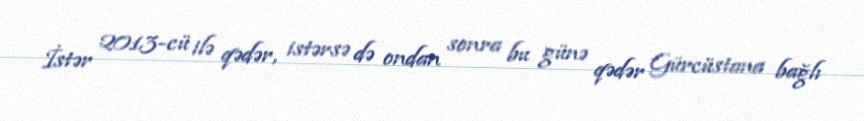
İstər 2013-cü ilə qədər, istərsə də ondan sonra bu günə qədər Gürcüstana bağlı